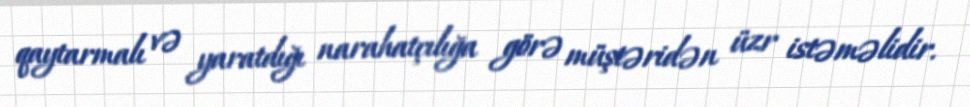
qaytarmalı və yaratdığı narahatçılığa görə müştəridən üzr istəməlidir.